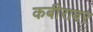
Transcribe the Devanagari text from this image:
कबीरावर